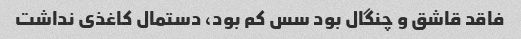
فاقد قاشق و چنگال بود سس کم بود، دستمال کاغذی نداشت